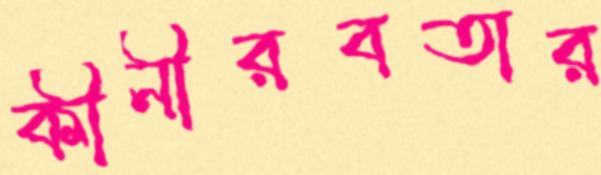
কীনীরবতার